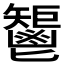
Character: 𩰤